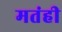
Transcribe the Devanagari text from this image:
मतंही